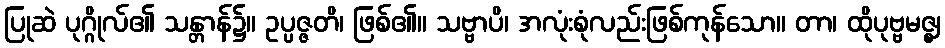
ပြုဆဲ ပုဂ္ဂိုလ်၏ သန္တာန်၌။ ဥပ္ပဇ္ဇတိ၊ ဖြစ်၏။ သဗ္ဗာပိ၊ အလုံးစုံလည်းဖြစ်ကုန်သော။ တာ၊ ထိုပုဗ္ဗမဇ္ဈ